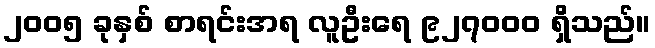
၂၀၀၅ ခုနှစ် စာရင်းအရ လူဦးရေ ၉၂၇၀၀၀ ရှိသည်။